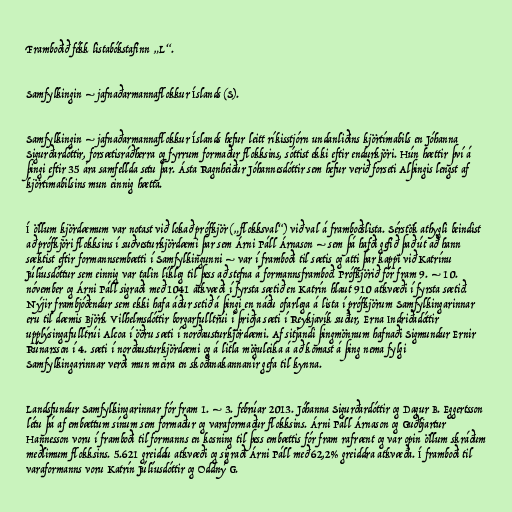
Framboðið fékk listabókstafinn „L“.

Samfylkingin – jafnaðarmannaflokkur Íslands (S).

Samfylkingin – jafnaðarmannaflokkur Íslands hefur leitt ríkisstjórn undanliðins kjörtímabils en Jóhanna
Sigurðardóttir, forsætisráðherra og fyrrum formaður flokksins, sóttist ekki eftir endurkjöri. Hún hættir því á
þingi eftir 35 ára samfellda setu þar. Ásta Ragnheiður Jóhannesdóttir sem hefur verið forseti Alþingis lengst af
kjörtímabilsins mun einnig hætta.

Í öllum kjördæmum var notast við lokað prófkjör („flokksval“) við val á framboðslista. Sérstök athygli beindist
að prófkjöri flokksins í suðvesturkjördæmi þar sem Árni Páll Árnason – sem þá hafði gefið það út að hann
sæktist eftir formannsembætti í Samfylkingunni – var í framboði til sætis og atti þar kappi við Katrínu
Júlíusdóttur sem einnig var talin líkleg til þess að stefna á formannsframboð. Prófkjörið fór fram 9. – 10.
nóvember og Árni Páll sigraði með 1041 atkvæði í fyrsta sætið en Katrín hlaut 910 atkvæði í fyrsta sætið.
Nýjir frambjóðendur sem ekki hafa áður setið á þingi en náðu ofarlega á lista í prófkjörum Samfylkingarinnar
eru til dæmis Björk Vilhelmsdóttir borgarfulltrúi í þriðja sæti í Reykjavík suður, Erna Indriðadóttir
upplýsingafulltrúi Alcoa í öðru sæti í norðausturkjördæmi. Af sitjandi þingmönnum hafnaði Sigmundur Ernir
Rúnarsson í 4. sæti í norðausturkjördæmi og á litla möguleika á að komast á þing nema fylgi
Samfylkingarinnar verði mun meira en skoðanakannanir gefa til kynna.

Landsfundur Samfylkingarinnar fór fram 1. – 3. febrúar 2013. Jóhanna Sigurðardóttir og Dagur B. Eggertsson
létu þá af embættum sínum sem formaður og varaformaður flokksins. Árni Páll Árnason og Guðbjartur
Hannesson voru í framboði til formanns en kosning til þess embættis fór fram rafrænt og var opin öllum skráðum
meðlimum flokksins. 5.621 greiddu atkvæði og sigraði Árni Páll með 62,2% greiddra atkvæða. Í framboði til
varaformanns voru Katrín Júlíusdóttir og Oddný G.